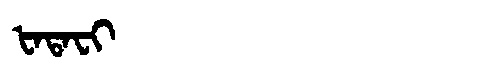
Manchu: ᡶᠠᡨᠠᠸᡳ
Romanization: FATAFI